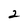
Character: 2